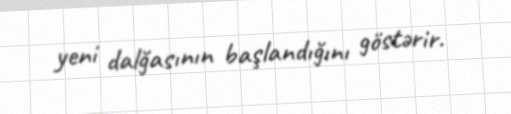
yeni dalğasının başlandığını göstərir.